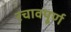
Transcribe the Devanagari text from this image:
रचावपूर्ण